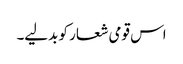
اس قومی شعار کو بدلیے۔